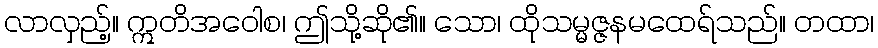
လာလှည့်။ ဣတိအဝေါစ၊ ဤသို့ဆို၏။ သော၊ ထိုသမ္မဇ္ဇနမထေရ်သည်။ တထာ၊